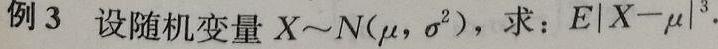
例 3 设随机变量 $X\sim N(\mu,\sigma^{2})$，求：$E|X - \mu|^{3}$.